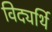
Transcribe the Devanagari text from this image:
विद्यर्थि